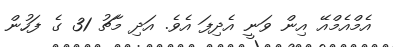
އެމްއެމްއޭ އިން ވަނީ އެދިފަ އެވެ. އަދި މާޗު 31 ގެ ފަހުން